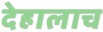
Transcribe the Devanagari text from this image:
देहालाच